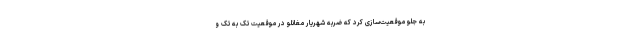
به جلو موقعیت‌سازی کرد که ضربه شهریار مغانلو در موقعیت تک به تک و